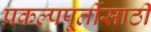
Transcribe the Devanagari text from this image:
प्रकल्पपूर्तीसाठी